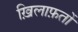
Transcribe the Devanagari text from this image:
ख़िलाफ़तों